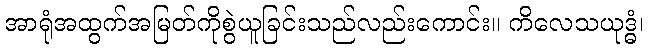
အာရုံအထွက်အမြတ်ကိုစွဲယူခြင်းသည်လည်းကောင်း။ ကိလေသယုဒ္ဓံ၊